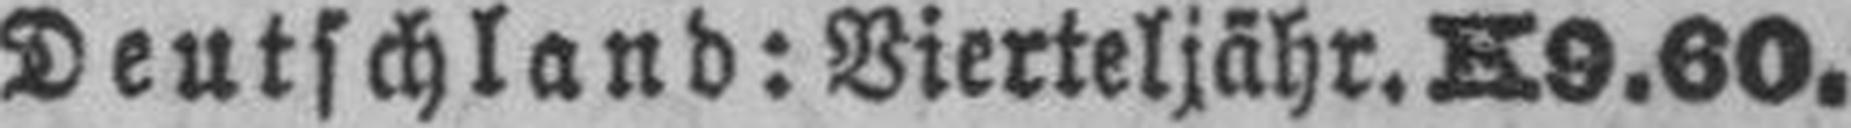
Deutschland: Vierteljähr. K9.60.